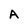
Character: A